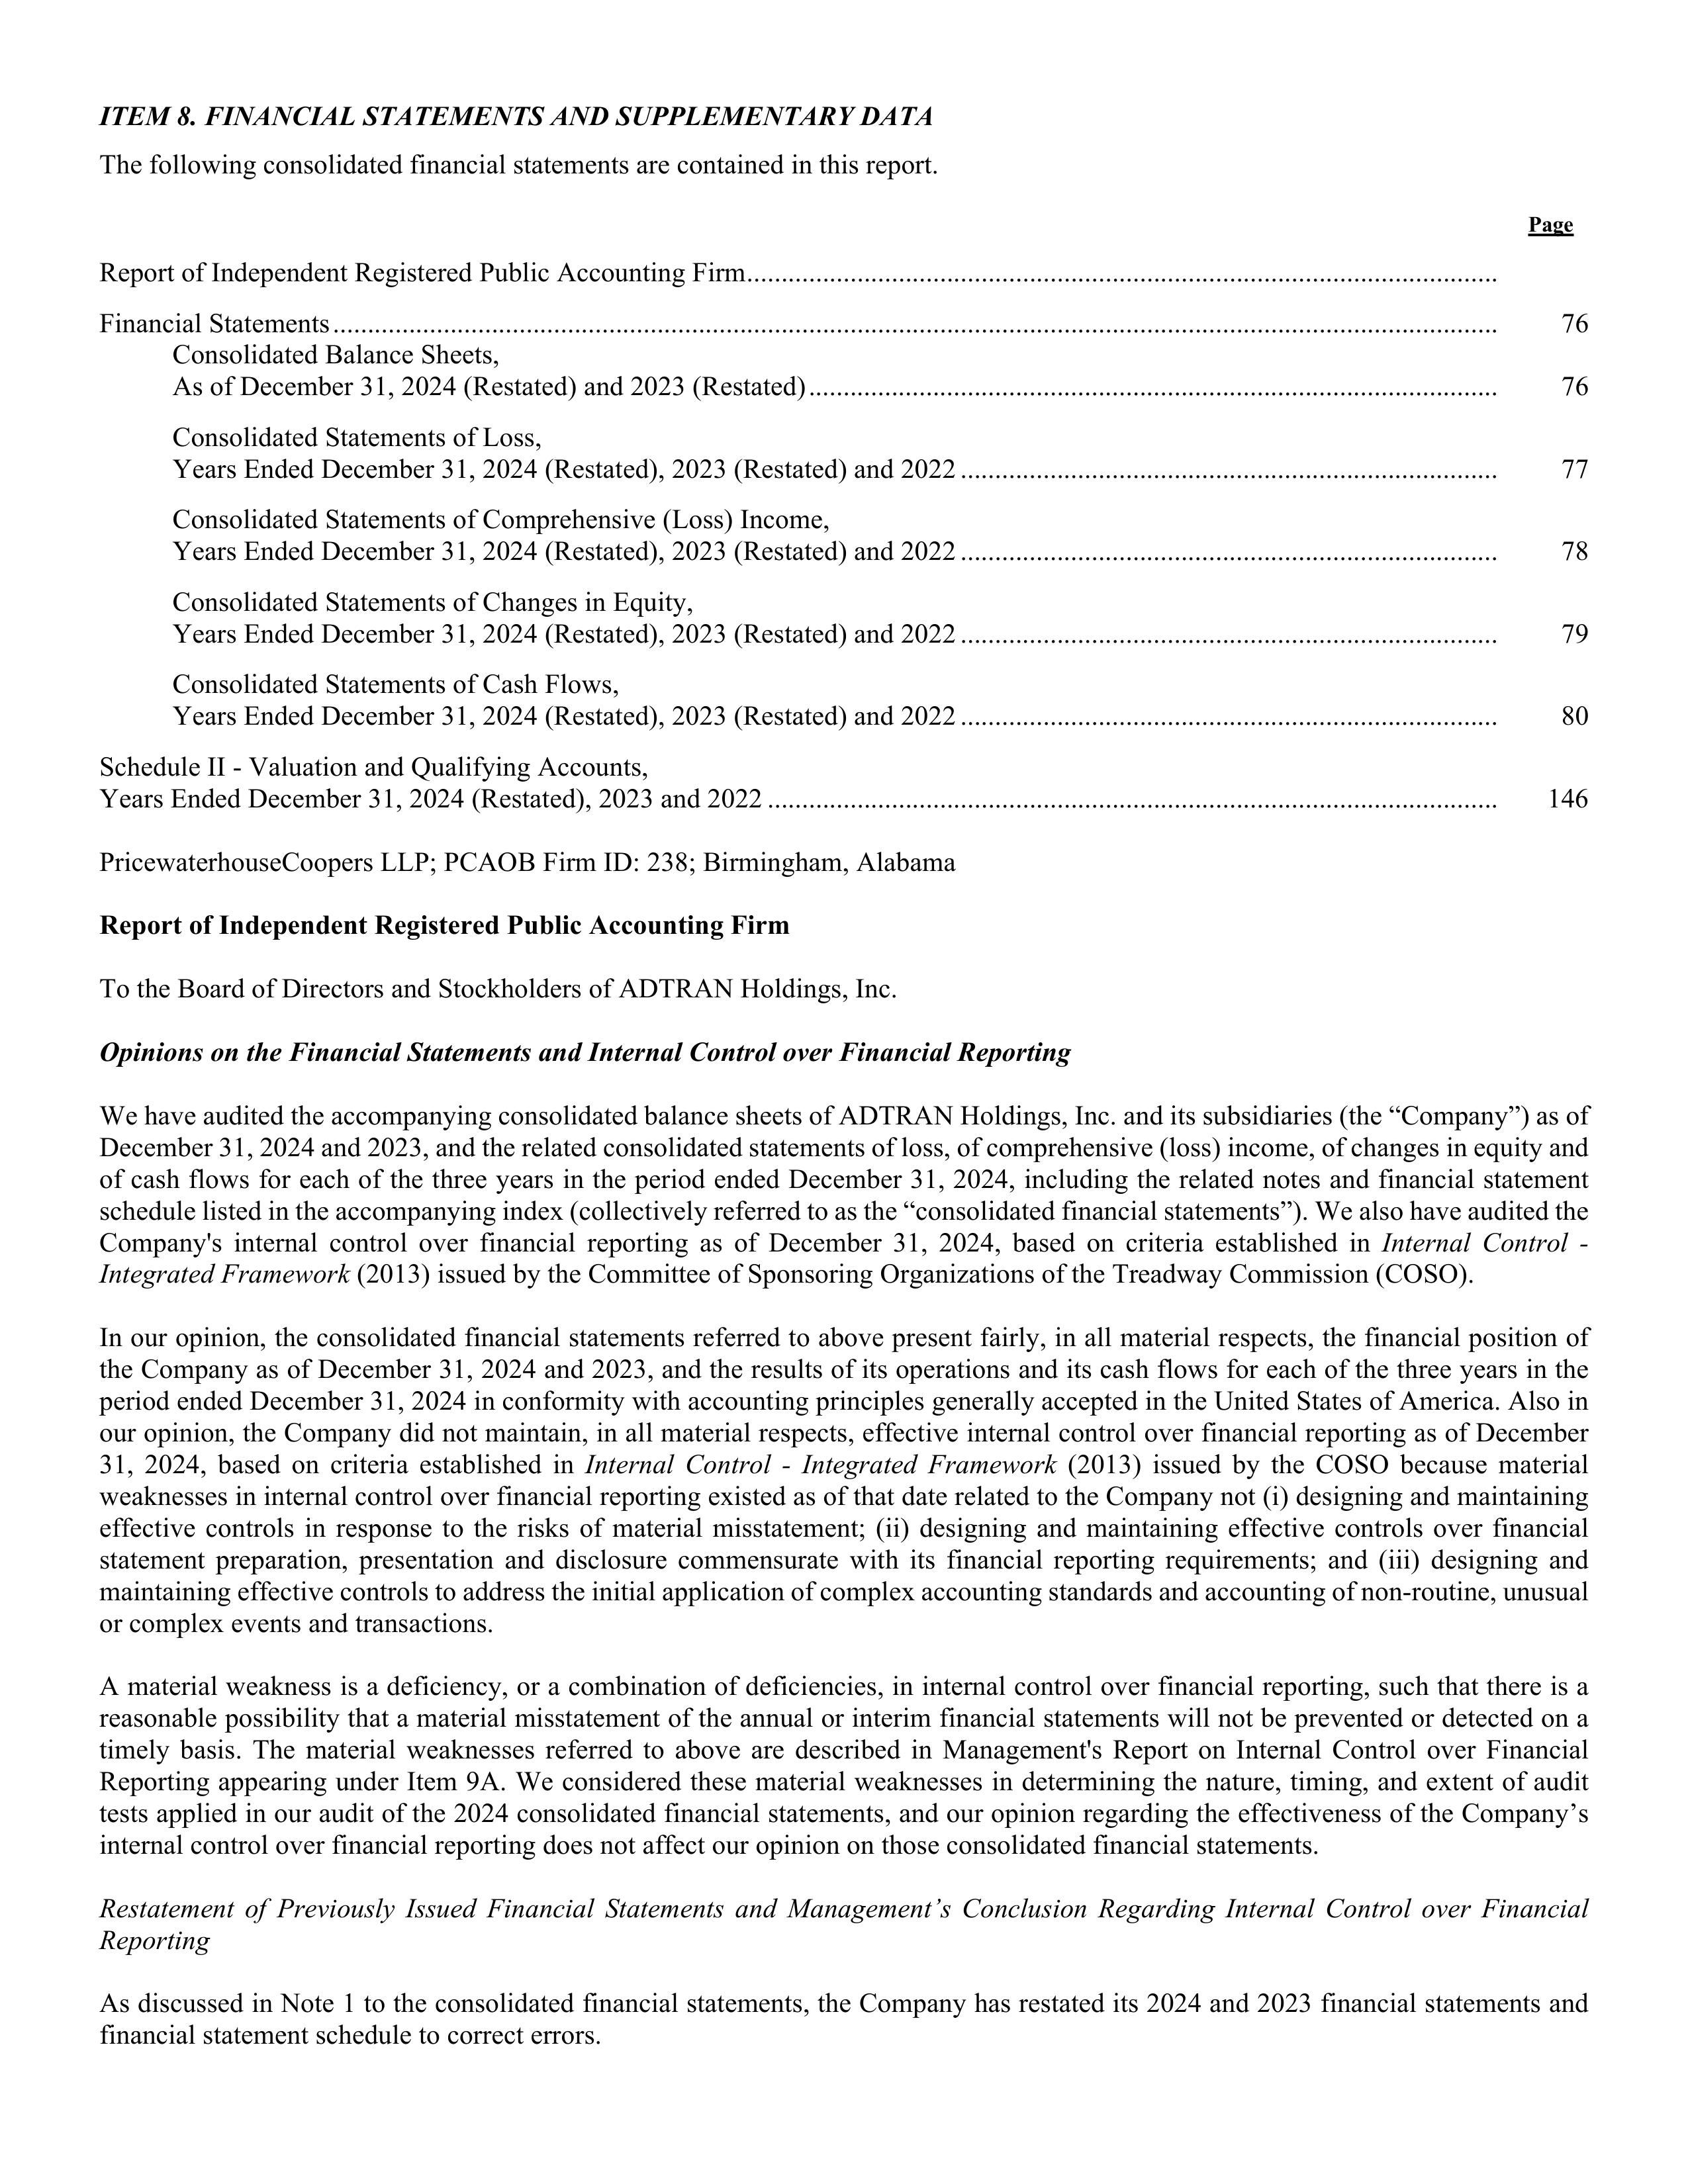
ITEM 8. FINANCIAL STATEMENTS AND SUPPLEMENTARY DATA

The following consolidated financial statements are contained in this report.
                                                                                                                                                                                    Page

Report of Independent Registered Public Accounting Firm.....................................................................................................................

Financial Statements...........................................................................................................................................................................      76
    Consolidated Balance Sheets,
    As of December 31, 2024 (Restated) and 2023 (Restated)..........................................................................................................      76

    Consolidated Statements of Loss,
    Years Ended December 31, 2024 (Restated), 2023 (Restated) and 2022...................................................................................      77

    Consolidated Statements of Comprehensive (Loss) Income,
    Years Ended December 31, 2024 (Restated), 2023 (Restated) and 2022...................................................................................      78

    Consolidated Statements of Changes in Equity,
    Years Ended December 31, 2024 (Restated), 2023 (Restated) and 2022...................................................................................      79

    Consolidated Statements of Cash Flows,
    Years Ended December 31, 2024 (Restated), 2023 (Restated) and 2022...................................................................................      80

Schedule II - Valuation and Qualifying Accounts,
    Years Ended December 31, 2024 (Restated), 2023 and 2022.....................................................................................................     146

PricewaterhouseCoopers LLP; PCAOB Firm ID: 238; Birmingham, Alabama

Report of Independent Registered Public Accounting Firm

To the Board of Directors and Stockholders of ADTRAN Holdings, Inc.

Opinions on the Financial Statements and Internal Control over Financial Reporting

We have audited the accompanying consolidated balance sheets of ADTRAN Holdings, Inc. and its subsidiaries (the "Company") as of
December 31, 2024 and 2023, and the related consolidated statements of loss, of comprehensive (loss) income, of changes in equity and
of cash flows for each of the three years in the period ended December 31, 2024, including the related notes and financial statement
schedule listed in the accompanying index (collectively referred to as the "consolidated financial statements"). We also have audited the
Company's internal control over financial reporting as of December 31, 2024, based on criteria established in Internal Control -
Integrated Framework (2013) issued by the Committee of Sponsoring Organizations of the Treadway Commission (COSO).

In our opinion, the consolidated financial statements referred to above present fairly, in all material respects, the financial position of
the Company as of December 31, 2024 and 2023, and the results of its operations and its cash flows for each of the three years in the
period ended December 31, 2024 in conformity with accounting principles generally accepted in the United States of America. Also in
our opinion, the Company did not maintain, in all material respects, effective internal control over financial reporting as of December
31, 2024, based on criteria established in Internal Control - Integrated Framework (2013) issued by the COSO because material
weaknesses in internal control over financial reporting existed as of that date related to the Company not (i) designing and maintaining
effective controls in response to the risks of material misstatement; (ii) designing and maintaining effective controls over financial
statement preparation, presentation and disclosure commensurate with its financial reporting requirements; and (iii) designing and
maintaining effective controls to address the initial application of complex accounting standards and accounting of non-routine, unusual
or complex events and transactions.

A material weakness is a deficiency, or a combination of deficiencies, in internal control over financial reporting, such that there is a
reasonable possibility that a material misstatement of the annual or interim financial statements will not be prevented or detected on a
timely basis. The material weaknesses referred to above are described in Management's Report on Internal Control over Financial
Reporting appearing under Item 9A. We considered these material weaknesses in determining the nature, timing, and extent of audit
tests applied in our audit of the 2024 consolidated financial statements, and our opinion regarding the effectiveness of the Company's
internal control over financial reporting does not affect our opinion on those consolidated financial statements.

Restatement of Previously Issued Financial Statements and Management's Conclusion Regarding Internal Control over Financial
Reporting

As discussed in Note 1 to the consolidated financial statements, the Company has restated its 2024 and 2023 financial statements and
financial statement schedule to correct errors.